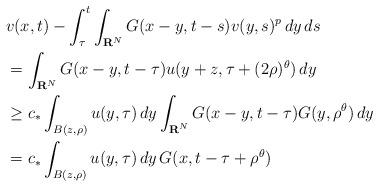
LaTeX: \begin{align*} & v(x,t)-\int_\tau^t\int_{{\bf R}^N}G(x-y,t-s)v(y,s)^p\,dy\,ds\\ & =\int_{{\bf R}^N}G(x-y,t-\tau)u(y+z,\tau+(2\rho)^\theta)\,dy\\ & \ge c_*\int_{B(z,\rho)}u(y,\tau)\,dy\int_{{\bf R}^N}G(x-y,t-\tau)G(y,\rho^\theta)\,dy\\ & =c_*\int_{B(z,\rho)}u(y,\tau)\,dy\,G(x,t-\tau+\rho^\theta)\end{align*}